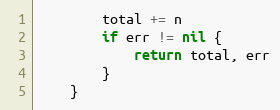
Language: Go
		total += n
		if err != nil {
			return total, err
		}
	}